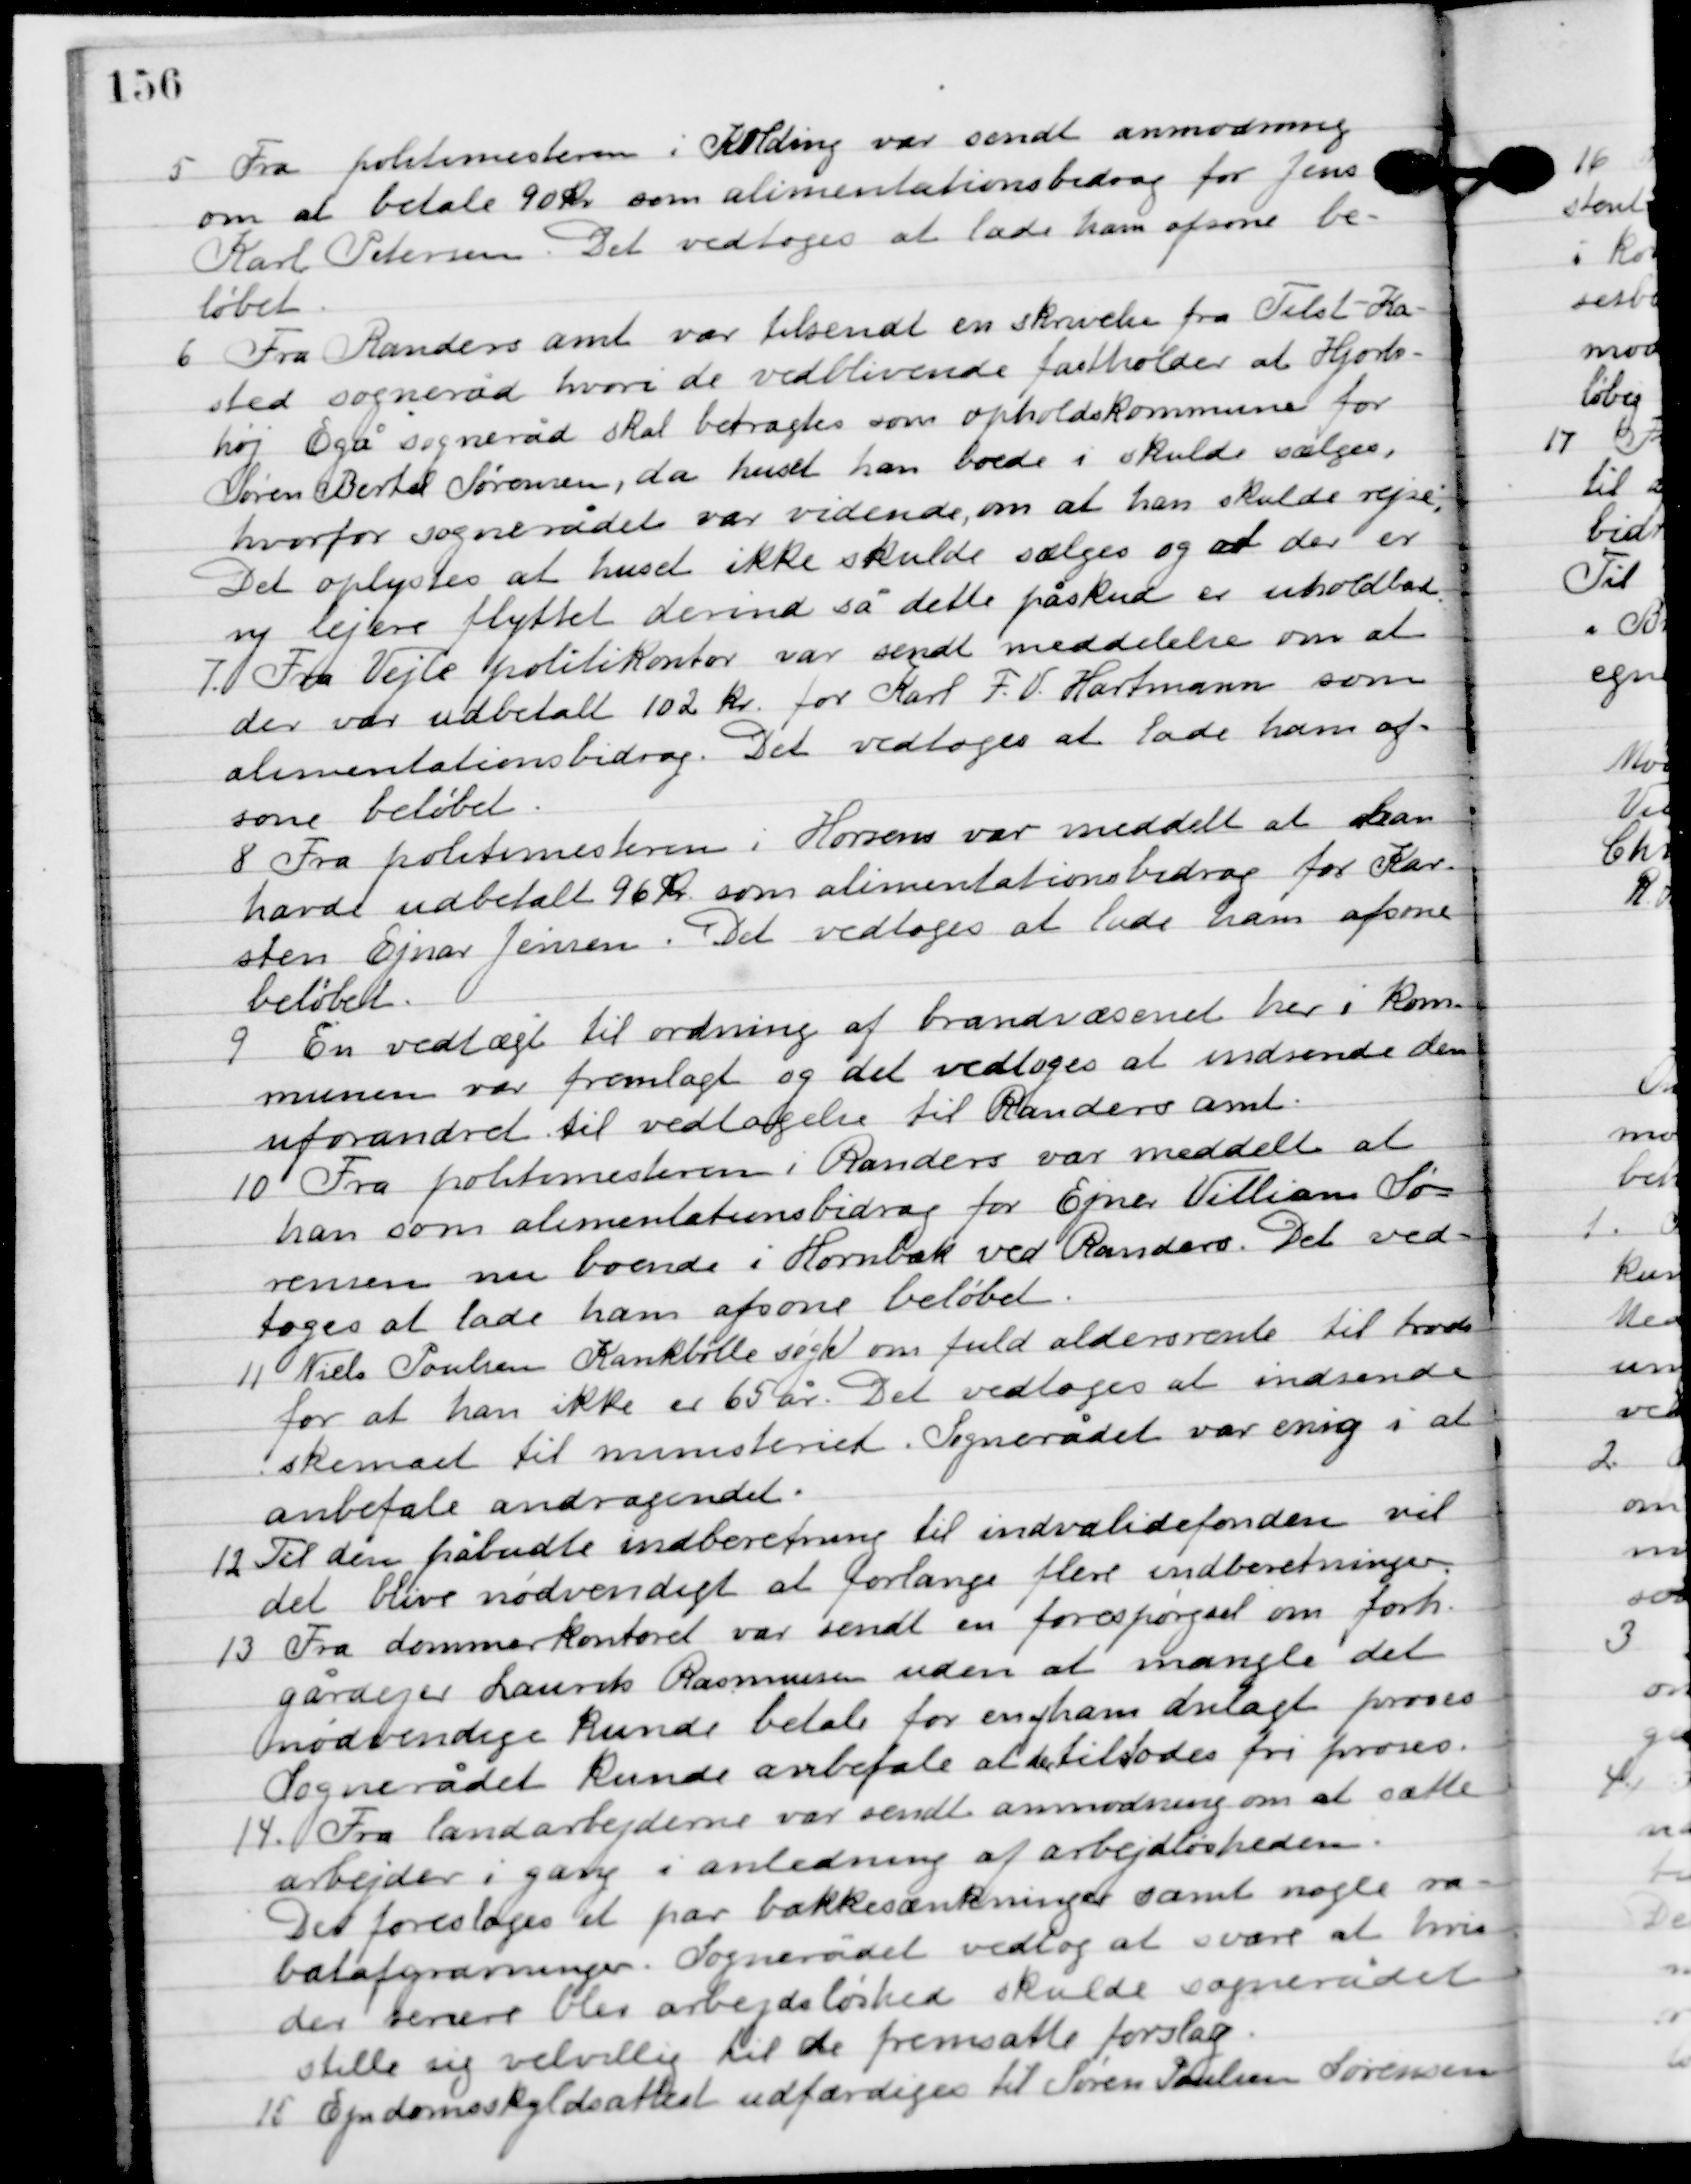
Transskription:
5

Fra politimesteren i Kolding var sendt anmodning
om at betale 90 kr. som alimentationsbidrag for Jens
Karl Petersen. Det vedtoges at lade ham afsone be-
løbet.

6

Fra Randers amt var tilsendt en skrivelse fra Tilst-Ka-
sted sogneråd hvori de vedblivende fastholder at Hjorts-
høj Egå sogneråd skal betragtes som opholdskommune for
Søren Bertel Sørensen, da huset han boede i skulde sælges,
hvorfor sognerådet var vidende, om at han skulde rejse.
Det oplyses at huset ikke skulde sælges og at der er
ny lejere flyttet derind så dette påskud er uholdbart.

7

Fra Vejle politikontor var sendt meddelelse om at
der var udbetalt 102 kr. for Karl F. V. Hartmann som
 alimentationsbidrag. Det vedtoges at lade ham af-
sone beløbet.

8

Fra politimesteren i Horsens var meddelt at han
 havde udbetalt 96 kr. som alimentationsbidrag for Kar-
sten Ejnar Jensen. Det vedtoges at lade ham afsone
beløbet.

9

En vedtægt til ordning af brandvæsenet her i kom-
munen var fremlagt og det vedtoges at indsende den
uforandret til vedtagelse til Randers amt.

10

Fra politimesteren i Randers var meddelt at
han som alimentationsbidrag for Ejner Villiam Sø-
rensen nu boede i Hornbæk ved Randers. Det ved-
toges at lade ham afsone beløbet.

11

Niels Poulsen Krankbølle søgte om fuld aldersrente til trods
for at han ikke er 65 år. Det vedtoges at indsende
skemaet til ministeriet. Sognerådet var enig i at
anbefale andragendet.

12

Til den påbudte indberetning til invalidefonden vil
det blive nødvendigt at forlange flere indberetninger.

13

Fra dommerkontoret var sendt en forespørgsel om forh.
Gårdejer Laurits Rasmussen uden at mangle det
nødvendige kunde betale for en af ham anlagt proces.
Sognerådet kunde anbefale at den tilstodes fri proces.

14

Fra landarbejderne var sendt anmodning om at sætte
arbejder i gang i anledning af arbejdsløsheden.
Det foresloges et par bakkesænkninger samt nogle ra-
batafgravninger. Sognerådet vedtog at svare at hvis
der senere blev arbejdsløshed skulde sognerådet
stille sig velvillig til de fremsatte forslag.

15

Ejendomsskyldsattest udfærdiges til Søren Poulsen Sørensen